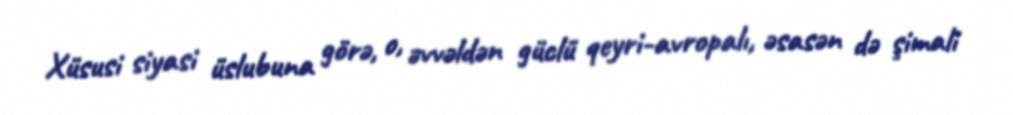
Xüsusi siyasi üslubuna görə, o, əvvəldən güclü qeyri-avropalı, əsasən də şimali